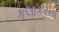
કલાકરની